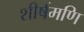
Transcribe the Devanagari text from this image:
शीर्षमणि